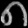
Digit: ၈